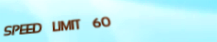
SPEED LIMIT 60